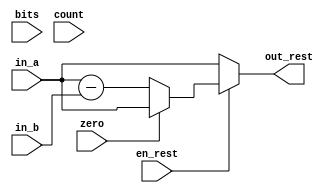
module rest(en_rest, bits,count,zero, in_a, in_b, out_rest );

input zero, en_rest;
input [15:0]in_a, in_b;
input [3:0]count, bits;
output reg [15:0] out_rest;


always @ (zero, count, bits, en_rest, in_a, in_b)
begin
if(en_rest)
begin
	if(zero)
	begin
	

		/*case(count)
			4'b0000: out_rest = in_a[15] ;
			4'b0001: out_rest = in_a[15:14] ;
			4'b0010: out_rest = in_a[15:13] ;
			4'b0011: out_rest = in_a[15:12] ;
			4'b0100: out_rest = in_a[15:11] ;
			4'b0101: out_rest = in_a[15:10] ;
			4'b0110: out_rest = in_a[15:9] ;
			4'b0111: out_rest = in_a[15:8] ;
			4'b1000: out_rest = in_a[15:7] ;
			4'b1001: out_rest = in_a[15:6] ;
			4'b1010: out_rest = in_a[15:5] ;
			4'b1011: out_rest = in_a[15:4] ;
			4'b1100: out_rest = in_a[15:3] ;
			4'b1101: out_rest = in_a[15:2] ;
			4'b1110: out_rest = in_a[15:1] ;
			4'b1111: out_rest = in_a[15:0] ;
			default:  out_rest = 16'h0000;
			
		endcase*/
		out_rest = in_a;
	end
	/*else if (bits == 4'b0000)
	begin
	
		case(count)
			4'b0000: out_rest = in_a[15] - in_b[0];
			4'b0001: out_rest = in_a[15:14] - in_b[0];
			4'b0010: out_rest = in_a[15:13] - in_b[0];
			4'b0011: out_rest = in_a[15:12] - in_b[0];
			4'b0100: out_rest = in_a[15:11] - in_b[0];
			4'b0101: out_rest = in_a[15:10] - in_b[0];
			4'b0110: out_rest = in_a[15:9] - in_b[0];
			4'b0111: out_rest = in_a[15:8] - in_b[0];
			4'b1000: out_rest = in_a[15:7] - in_b[0];
			4'b1001: out_rest = in_a[15:6] - in_b[0];
			4'b1010: out_rest = in_a[15:5] - in_b[0];
			4'b1011: out_rest = in_a[15:4] - in_b[0];
			4'b1100: out_rest = in_a[15:3] - in_b[0];
			4'b1101: out_rest = in_a[15:2] - in_b[0];
			4'b1110: out_rest = in_a[15:1] - in_b[0];
			4'b1111: out_rest = in_a[15:0] - in_b[0];
			default:  out_rest = 16'h0000;
		endcase
	end
	else if (bits == 4'b0001)
	begin
	
		case(count)
			4'b0001: out_rest = in_a[15:14] - in_b[1:0];
			4'b0010: out_rest = in_a[15:13] - in_b[1:0];
			4'b0011: out_rest = in_a[15:12] - in_b[1:0];
			4'b0100: out_rest = in_a[15:11] - in_b[1:0];
			4'b0101: out_rest = in_a[15:10] - in_b[1:0];
			4'b0110: out_rest = in_a[15:9] - in_b[1:0];
			4'b0111: out_rest = in_a[15:8] - in_b[1:0];
			4'b1000: out_rest = in_a[15:7] - in_b[1:0];
			4'b1001: out_rest = in_a[15:6] - in_b[1:0];
			4'b1010: out_rest = in_a[15:5] - in_b[1:0];
			4'b1011: out_rest = in_a[15:4] - in_b[1:0];
			4'b1100: out_rest = in_a[15:2] - in_b[1:0];
			4'b1101: out_rest = in_a[15:2] - in_b[1:0];
			4'b1110: out_rest = in_a[15:1] - in_b[1:0];
			4'b1111: out_rest = in_a[15:0] - in_b[1:0];
			default:  out_rest = 16'h0000;
		endcase
		out_rest = in_a;
	end
	else if (bits == 4'b0010)
	begin
	
		case(count)
			4'b0010: out_rest = in_a[15:13] - in_b[2:0];
			4'b0011: out_rest = in_a[15:12] - in_b[2:0];
			4'b0100: out_rest = in_a[15:11] - in_b[2:0];
			4'b0101: out_rest = in_a[15:10] - in_b[2:0];
			4'b0110: out_rest = in_a[15:9] - in_b[2:0];
			4'b0111: out_rest = in_a[15:8] - in_b[2:0];
			4'b1000: out_rest = in_a[15:7] - in_b[2:0];
			4'b1001: out_rest = in_a[15:6] - in_b[2:0];
			4'b1010: out_rest = in_a[15:5] - in_b[2:0];
			4'b1011: out_rest = in_a[15:4] - in_b[2:0];
			4'b1100: out_rest = in_a[15:3] - in_b[2:0];
			4'b1101: out_rest = in_a[15:2] - in_b[2:0];
			4'b1110: out_rest = in_a[15:1] - in_b[2:0];
			4'b1111: out_rest = in_a[15:0] - in_b[2:0];
			default:  out_rest = 16'h0000;
		endcase
	end
	else if (bits == 4'b0011)
	begin
	
		case(count)
			4'b0011: out_rest = in_a[15:12] - in_b[3:0];
			4'b0100: out_rest = in_a[15:11] - in_b[3:0];
			4'b0101: out_rest = in_a[15:10] - in_b[3:0];
			4'b0110: out_rest = in_a[15:9] - in_b[3:0];
			4'b0111: out_rest = in_a[15:8] - in_b[3:0];
			4'b1000: out_rest = in_a[15:7] - in_b[3:0];
			4'b1001: out_rest = in_a[15:6] - in_b[3:0];
			4'b1010: out_rest = in_a[15:5] - in_b[3:0];
			4'b1011: out_rest = in_a[15:4] - in_b[3:0];
			4'b1100: out_rest = in_a[15:3] - in_b[3:0];
			4'b1101: out_rest = in_a[15:2] - in_b[3:0];
			4'b1110: out_rest = in_a[15:1] - in_b[3:0];
			4'b1111: out_rest = in_a[15:0] - in_b[3:0];
			default:  out_rest = 16'h0000;
		endcase
	end
	
	else if (bits == 4'b0100)
	begin
	
		case(count)
			4'b0100: out_rest = in_a[15:11] - in_b[4:0];
			4'b0101: out_rest = in_a[15:10] - in_b[4:0];
			4'b0110: out_rest = in_a[15:9] - in_b[4:0];
			4'b0111: out_rest = in_a[15:8] - in_b[4:0];
			4'b1000: out_rest = in_a[15:7] - in_b[4:0];
			4'b1001: out_rest = in_a[15:6] - in_b[4:0];
			4'b1010: out_rest = in_a[15:5] - in_b[4:0];
			4'b1011: out_rest = in_a[15:4] - in_b[4:0];
			4'b1100: out_rest = in_a[15:3] - in_b[4:0];
			4'b1101: out_rest = in_a[15:2] - in_b[4:0];
			4'b1110: out_rest = in_a[15:1] - in_b[4:0];
			4'b1111: out_rest = in_a[15:0] - in_b[4:0];
			default:  out_rest = 16'h0000;
		endcase
	end
	
	else if (bits == 4'b0101)
	begin
	
		case(count)
			4'b0101: out_rest = in_a[15:10] - in_b[5:0];
			4'b0110: out_rest = in_a[15:9] - in_b[5:0];
			4'b0111: out_rest = in_a[15:8] - in_b[5:0];
			4'b1000: out_rest = in_a[15:7] - in_b[5:0];
			4'b1001: out_rest = in_a[15:6] - in_b[5:0];
			4'b1010: out_rest = in_a[15:5] - in_b[5:0];
			4'b1011: out_rest = in_a[15:4] - in_b[5:0];
			4'b1100: out_rest = in_a[15:3] - in_b[5:0];
			4'b1101: out_rest = in_a[15:2] - in_b[5:0];
			4'b1110: out_rest = in_a[15:1] - in_b[5:0];
			4'b1111: out_rest = in_a[15:0] - in_b[5:0];
			default:  out_rest = 16'h0000;
		endcase
	end
	else if (bits == 4'b0110)
	begin
	
		case(count)
			4'b0110: out_rest = in_a[15:9] - in_b[6:0];
			4'b0111: out_rest = in_a[15:8] - in_b[6:0];
			4'b1000: out_rest = in_a[15:7] - in_b[6:0];
			4'b1001: out_rest = in_a[15:6] - in_b[6:0];
			4'b1010: out_rest = in_a[15:5] - in_b[6:0];
			4'b1011: out_rest = in_a[15:4] - in_b[6:0];
			4'b1100: out_rest = in_a[15:3] - in_b[6:0];
			4'b1101: out_rest = in_a[15:2] - in_b[6:0];
			4'b1110: out_rest = in_a[15:1] - in_b[6:0];
			4'b1111: out_rest = in_a[15:0] - in_b[6:0];
			default:  out_rest = in_a;
		endcase
	end
	
	else if (bits == 4'b0111)
	begin
	
		case(count)
			4'b0111: out_rest = in_a[15:8] - in_b[7:0];
			4'b1000: out_rest = in_a[15:7] - in_b[7:0];
			4'b1001: out_rest = in_a[15:6] - in_b[7:0];
			4'b1010: out_rest = in_a[15:5] - in_b[7:0];
			4'b1011: out_rest = in_a[15:4] - in_b[7:0];
			4'b1100: out_rest = in_a[15:3] - in_b[7:0];
			4'b1101: out_rest = in_a[15:2] - in_b[7:0];
			4'b1110: out_rest = in_a[15:1] - in_b[7:0];
			4'b1111: out_rest = in_a[15:0] - in_b[7:0];
			default:  out_rest = in_a;
		endcase
	end
	else if (bits == 4'b1000)
	begin
	
		case(count)
			4'b1000: out_rest = in_a[15:7] - in_b[8:0];
			4'b1001: out_rest = in_a[15:6] - in_b[8:0];
			4'b1010: out_rest = in_a[15:5] - in_b[8:0];
			4'b1011: out_rest = in_a[15:4] - in_b[8:0];
			4'b1100: out_rest = in_a[15:3] - in_b[8:0];
			4'b1101: out_rest = in_a[15:2] - in_b[8:0];
			4'b1110: out_rest = in_a[15:1] - in_b[8:0];
			4'b1111: out_rest = in_a[15:0] - in_b[8:0];
			default:  out_rest = in_a;
		endcase
	end
	
	else if (bits == 4'b1001)
	begin
	
		case(count)
			4'b1001: out_rest = in_a[15:6] - in_b[9:0];
			4'b1010: out_rest = in_a[15:5] - in_b[9:0];
			4'b1011: out_rest = in_a[15:4] - in_b[9:0];
			4'b1100: out_rest = in_a[15:3] - in_b[9:0];
			4'b1101: out_rest = in_a[15:2] - in_b[9:0];
			4'b1110: out_rest = in_a[15:1] - in_b[9:0];
			4'b1111: out_rest = in_a[15:0] - in_b[9:0];
			default:  out_rest = in_a;
		endcase
	end
	else if (bits == 4'b1010)
	begin
	
		case(count)
			4'b1010: out_rest = in_a[15:5] - in_b[10:0];
			4'b1011: out_rest = in_a[15:4] - in_b[10:0];
			4'b1100: out_rest = in_a[15:3] - in_b[10:0];
			4'b1101: out_rest = in_a[15:2] - in_b[10:0];
			4'b1110: out_rest = in_a[15:1] - in_b[10:0];
			4'b1111: out_rest = in_a[15:0] - in_b[10:0];
			default:  out_rest = in_a;
		endcase
	end
	else if (bits == 4'b1011)
	begin
	
		case(count)
			4'b1011: out_rest = in_a[15:4] - in_b[11:0];
			4'b1100: out_rest = in_a[15:3] - in_b[11:0];
			4'b1101: out_rest = in_a[15:2] - in_b[11:0];
			4'b1110: out_rest = in_a[15:1] - in_b[11:0];
			4'b1111: out_rest = in_a[15:0] - in_b[11:0];
			default:  out_rest = in_a;
		endcase
	end
	
	else if (bits == 4'b1100)
	begin
	
		case(count)
			4'b1100: out_rest = in_a[15:3] - in_b[12:0];
			4'b1101: out_rest = in_a[15:2] - in_b[12:0];
			4'b1110: out_rest = in_a[15:1] - in_b[12:0];
			4'b1111: out_rest = in_a[15:0] - in_b[12:0];
			default:  out_rest = 16'h0000;
		endcase
	end
	else if (bits == 4'b1101)
	begin
	
		case(count)
			4'b1101: out_rest = in_a[15:2] - in_b[13:0];
			4'b1110: out_rest = in_a[15:1] - in_b[13:0];
			4'b1111: out_rest = in_a[15:0] - in_b[13:0];
			default:  out_rest = 16'h0000;
		endcase
	end
	else if (bits == 4'b1110)
	begin
	
		case(count)
			4'b1110: out_rest = in_a[15:1] - in_b[14:0];
			4'b1111: out_rest = in_a[15:0] - in_b[14:0];
			default:  out_rest = 16'h0000;
		endcase
	end
	else if (bits == 4'b1111)
	begin
	
		case(count)
			4'b1111: out_rest = in_a[15:0] - in_b[15:0];
			default:  out_rest = 16'h0000;
		endcase
	end
	else
		out_rest = 16'h0000;
end*/
else
	out_rest = in_a - in_b;
end
else
	out_rest = in_a;
end

endmodule